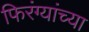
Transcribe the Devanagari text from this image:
फिरंग्यांच्या